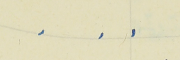
.    .    .